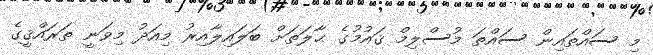
މި ސައްތައިން ސައްތަ މުސްލިމް ޤައުމުގެ ޙާލަތަށް ބަލައިލާއިރު މިއަދު މިވަނީ ތަރައްޤީގެ